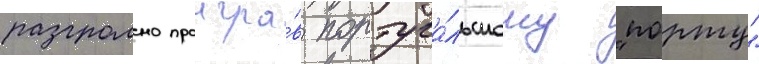
разгромно проигра́в португа́льскому "порту"